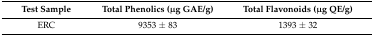
<table><thead><tr><td><b>Test Sample</b></td><td><b>Total Phenolics (μg GAE/g)</b></td><td><b>Total Flavonoids (μg QE/g)</b></td></tr></thead><tbody><tr><td>ERC</td><td>9353 ± 83</td><td>1393 ± 32</td></tr></tbody></table>